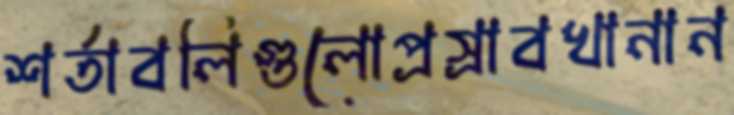
শর্তাবলিগুলোপ্রস্রাবখানান